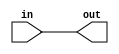
module simplewire(
    input in,
    output out
);

    assign out = in;

endmodule